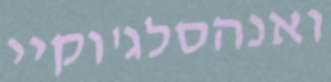
ואנהסלג'וקיי